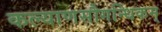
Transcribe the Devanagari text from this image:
कल्याणसौगन्धिकम्